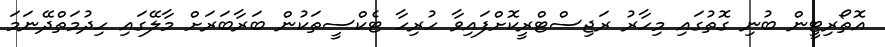
އޮތޯރިޓީން ބުނި ގޮތުގައި މިހާރު ރަޖިސްޓްރީކޮށްފައިވާ ހުރިހާ ޓެކްސީތަކުން ބަރާބަރަށް މާލޭގައި ހިދުމަތްދޭނަމަ